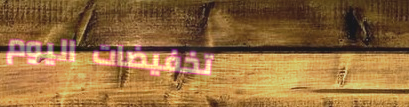
تخفيضات اليوم